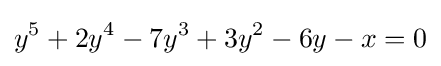
y^{5}+2y^{4}-7y^{3}+3y^{2}-6y-x=0